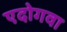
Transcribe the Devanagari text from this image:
एदोगवा